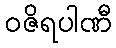
ဝဇိရပါဏီ